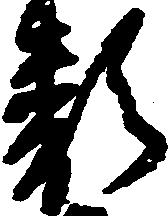
類